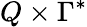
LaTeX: Q\times\Gamma^{*}